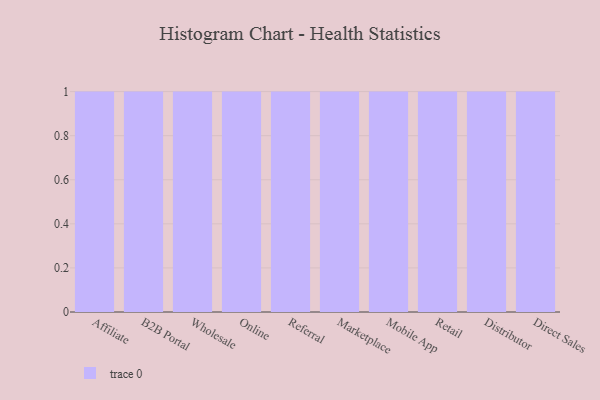
{"axis": {"x": "Channel", "y": "Shipments"}, "legend": [""], "data": [{"x": "Affiliate", "y": 42, "type": ""}, {"x": "B2B Portal", "y": 59, "type": ""}, {"x": "Wholesale", "y": 27, "type": ""}, {"x": "Online", "y": 73, "type": ""}, {"x": "Referral", "y": 37, "type": ""}, {"x": "Marketplace", "y": 74, "type": ""}, {"x": "Mobile App", "y": 73, "type": ""}, {"x": "Retail", "y": 24, "type": ""}, {"x": "Distributor", "y": 24, "type": ""}, {"x": "Direct Sales", "y": 45, "type": ""}]}